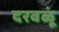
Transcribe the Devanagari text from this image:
दरवळूं